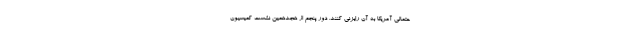
حتمالی آمریکا به آن رایزنی کنند. دور پنجم از هجدهمین نشست کمیسیون